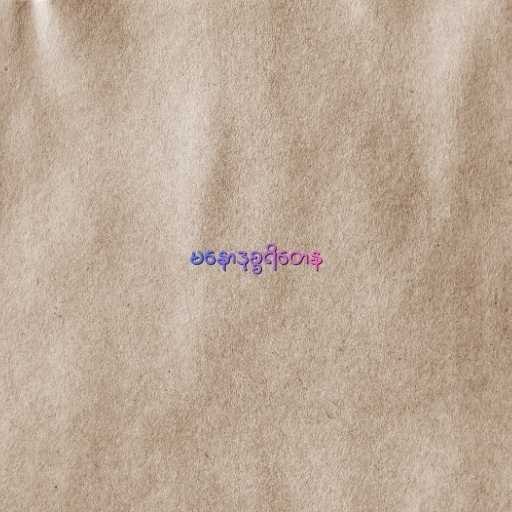
မနောဒုစ္စရိတေန